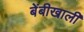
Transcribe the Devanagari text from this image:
बेंबीखाली